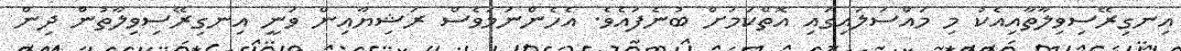
އިނގިރޭސިވިލާތާއިއެކު މި މައްސަލައިގައި އޮތްކަމަށް ބުނެފައެވެ. އެހެންނަމަވެސް ރަޝިޔާއިން ވަނީ އިނގިރޭސިވިލާތުން ދިން